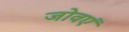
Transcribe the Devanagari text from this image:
जोवएं